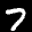
Label: 7